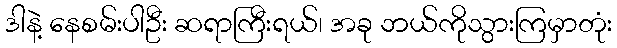
ဒါနဲ့ နေစမ်းပါဦး ဆရာကြီးရယ်၊ အခု ဘယ်ကိုသွားကြမှာတုံး